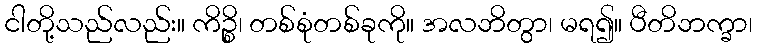
ငါတို့သည်လည်း။ ကိဉ္စိ၊ တစ်စုံတစ်ခုကို။ အလဘိတွာ၊ မရ၍။ ပီတိဘက္ခာ၊